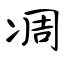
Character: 凋